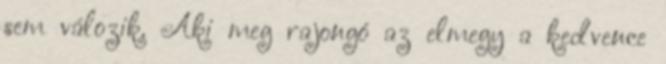
sem válozik. Aki meg rajongó az elmegy a kedvence